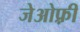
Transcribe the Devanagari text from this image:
जेओफ़्री